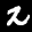
Digit: 2